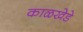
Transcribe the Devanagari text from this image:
काळखेडे